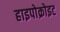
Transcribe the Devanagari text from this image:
हाइपोक्रोइट